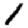
Digit: 1